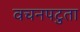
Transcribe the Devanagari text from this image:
वचनपटुता